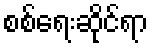
စစ်ရေးဆိုင်ရာ